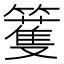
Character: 籆